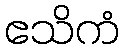
ဧသိကံ